Indian journal of veterinary science and animal husbandry - Volume 13,
Year: 1943
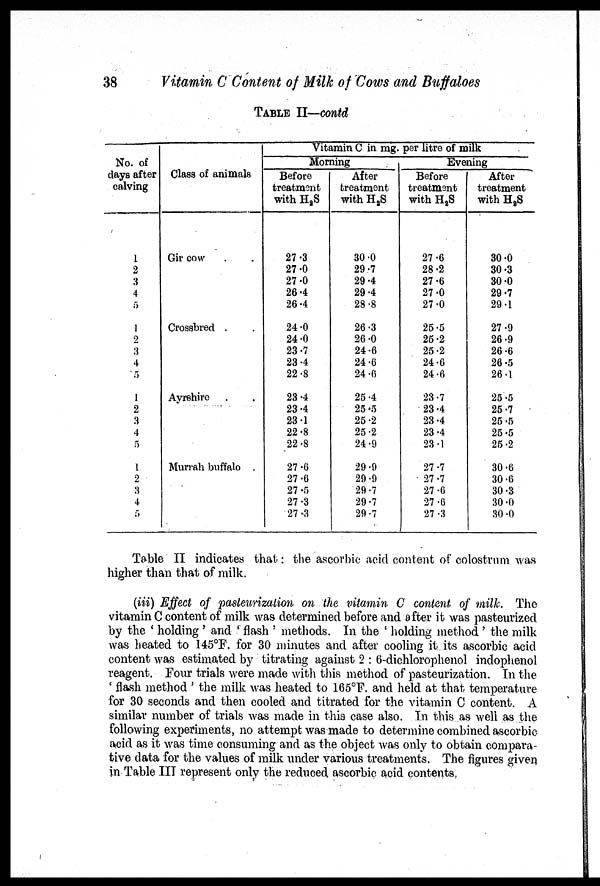
38
Vitamin C Content of Milk of Cows and Buffaloes
TABLE II—contd
No. of
clays after
calving
1
2
3
4
5
1
2
3
4
5
1
2
3
4
5
1
2
3
4
5
Class of animals
Gir cow . .
Crossbred . .
Ayrshire . .
Murrah buffalo
Vitamin C in mg. per litre of milk
Morning
Before
treatment
with H 2 S
27.3
27.0
27.0
26.4
26.4
24.0
24.0
23.7
23.4
22.8
23.4
23.4
23.1
22.8
22.8
27.6
27.6
27.5
27.3
27 .3
After
treatment
with H 2 S
30.0
29.7
29.4
29.4
28.8
26.3
26.0
24.6
24.6
24.6
25.4
25.5
25.2
25 .2
24.9
29.9
29.9
29.7
29.7
29.7
Evening
Before
treatment
with H 2 S
27.6
28.2
27.6
27.0
27.0
25.5
25.2
25.2
24.6
24.6
23.7
23.4
23.4
23.4
23.1
27.7
27.7
27.6
27.6
27.3
After
treatment
with H 2 S
30.0
30.3
30.0
29.7
29.1
27.9
26.9
26.6
26.5
26.1
25.5
25.7
25.5
25.5
25.2
30.6
30.6
30.3
30.0
30.0
Table II indicates that: the ascorbic acid content of colostrum was
higher than that of milk.
(iii) Effect of pasteurization on the vitamin C content of milk. The
vitamin C content of milk was determined before and after it was pasteurized
by the ' holding ' and 'flash ' methods. In the ' holding method ' the milk
was heated to 145°F. for 30 minutes and after cooling it its ascorbic acid
content was estimated by titrating against 2 : 6-dichlorophenol indophenol
reagent. Four trials were made with this method of pasteurization. In the
' flash method ' the milk was heated to 165°F. and held at that temperature
for 30 seconds and then cooled and titrated for the vitamin C content. A
similar number of trials was made in this case also. In this as well as the
following experiments, no attempt was made to determine combined ascorbic
acid as it was time consuming and as the object was only to obtain compara-
tive data for the values of milk under various treatments. The figures given
in Table III represent only the reduced ascorbic acid contents.